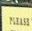
please